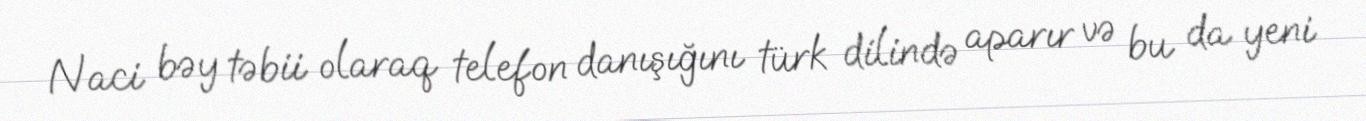
Naci bəy təbii olaraq telefon danışığını türk dilində aparır və bu da yeni